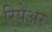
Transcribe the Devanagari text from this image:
रिपेअर